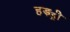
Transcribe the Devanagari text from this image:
हड़ॾी